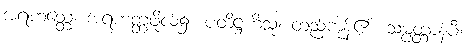
အရဟတ္တေ၊ အရဟတ္တဖိုလ်၌။ ပတိဋ္ဌဟိံသု၊ တည်ကုန်၏။ သမ္ပတ္တာနံပိ၊